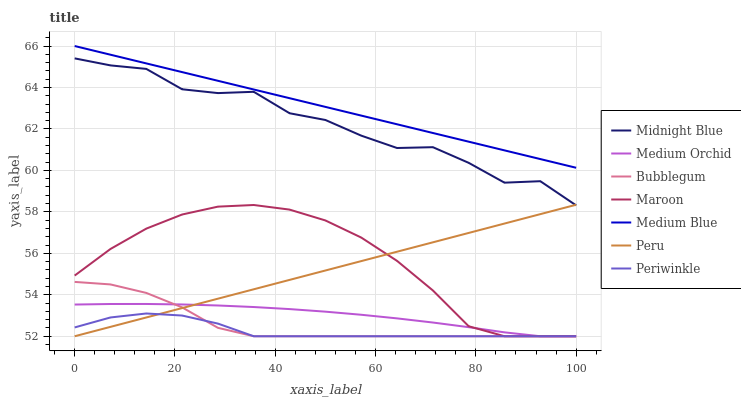
| xaxis_label | Midnight Blue | Medium Orchid | Bubblegum | Maroon | Medium Blue | Peru | Periwinkle |
 | --- | --- | --- | --- | --- | --- | --- | --- |
 | 0 | 65.4 | 53.5 | 54.6 | 54.9 | 66 | 52 | 52.4 |
 | 7.14 | 65.1 | 53.6 | 54.5 | 56.2 | 65.6 | 52.5 | 52.9 |
 | 14.3 | 64.9 | 53.6 | 54.1 | 57.2 | 65.2 | 52.9 | 53.1 |
 | 21.4 | 63.9 | 53.5 | 53.4 | 57.9 | 64.7 | 53.4 | 53 |
 | 28.6 | 63.7 | 53.5 | 52.4 | 58.3 | 64.3 | 53.8 | 52.6 |
 | 35.7 | 63.8 | 53.4 | 52 | 58.3 | 63.9 | 54.3 | 52 |
 | 42.9 | 62.8 | 53.3 | 52 | 58.1 | 63.5 | 54.7 | 52 |
 | 50 | 62.4 | 53.2 | 52 | 57.6 | 63.1 | 55.2 | 52 |
 | 57.1 | 61.7 | 53 | 52 | 56.8 | 62.6 | 55.6 | 52 |
 | 64.3 | 61.1 | 52.9 | 52 | 55.6 | 62.2 | 56.1 | 52 |
 | 71.4 | 61.1 | 52.7 | 52 | 54.2 | 61.8 | 56.5 | 52 |
 | 78.6 | 60.4 | 52.4 | 52 | 52.5 | 61.4 | 57 | 52 |
 | 85.7 | 59.4 | 52.2 | 52 | 52 | 61 | 57.4 | 52 |
 | 92.9 | 59.5 | 52 | 52 | 52 | 60.5 | 57.9 | 52 |
 | 100 | 58.3 | 52 | 52 | 52 | 60.1 | 58.3 | 52 |